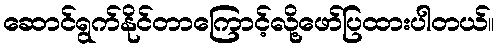
ဆောင်ရွက်နိုင်တာကြောင့်လို့ဖော်ပြထားပါတယ်။